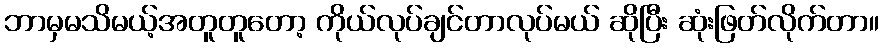
ဘာမှမသိမယ့်အတူတူတော့ ကိုယ်လုပ်ချင်တာလုပ်မယ် ဆိုပြီး ဆုံးဖြတ်လိုက်တာ။